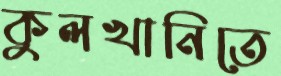
কুলখানিতে